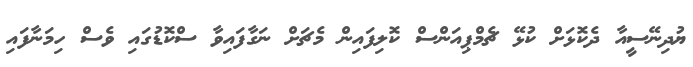
ޔުދިނޭސީއާ ދެކޮޅަށް ކުޅޭ ޗެމްޕިއަންސް ކޮލިފައިން މެޗަށް ނަގާފައިވާ ސްކޮޑުގައި ވެސް ހިމަނާފައި